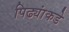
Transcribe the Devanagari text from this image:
पिढ्यांकडे